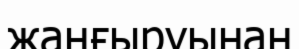
жаңғыруынан